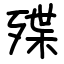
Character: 殜